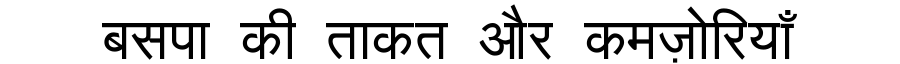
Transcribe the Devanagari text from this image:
बसपा की ताकत और कमज़ोरियाँ